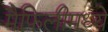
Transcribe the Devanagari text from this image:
मैफिलीमध्ये